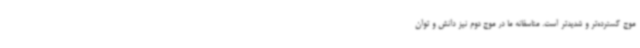
موج گسترده‌تر و شدیدتر است. متاسفانه ما در موج دوم نیز دانش و توان